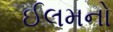
ઈલમનો